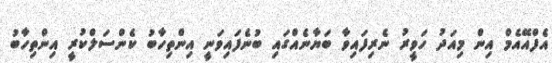
އެފްއޭއެމް އިން މިއަދު ހަވީރު ނެރިފައިވާ ބަޔާނެއްގައި ބުނެފައިވަނީ އިންތިހާބު ކެންސަލްކުރީ އިންތިހާބު